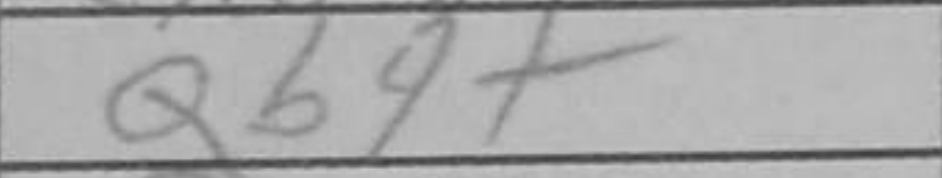
Transcription: Qb4+